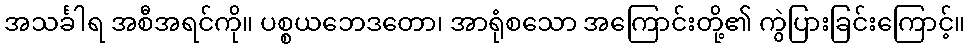
အသင်္ခါရ အစီအရင်ကို။ ပစ္စယဘေဒတော၊ အာရုံစသော အကြောင်းတို့၏ ကွဲပြားခြင်းကြောင့်။